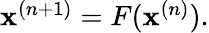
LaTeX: \begin{array}{r}{\mathbf{x}^{(n+1)}=F(\mathbf{x}^{(n)}).}\end{array}